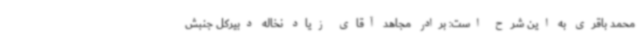
محمد باقری به این شرح است: برادر مجاهد آقای زیاد نخاله دبیرکل جنبش